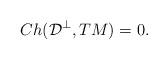
LaTeX: \begin{align*} Ch(\mathcal{D}^\perp, TM)=0.\end{align*}